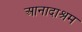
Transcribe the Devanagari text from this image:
आनादाश्रम